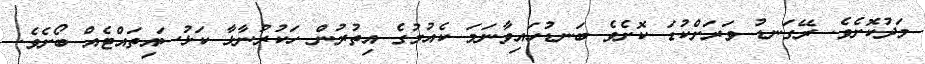
މަދުކޮށެވެ. ރޭގަނޑު ވަރަށްކުޑަ ކޮށެވެ ބަނޑުހައިވާނަމަ ކެއުމުގެ އިތުރުން ހަކުރުނާޅާ ކަޅުސައިތައްޓެއް ބޯށެވެ.